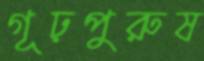
গূঢ়পুরুষ